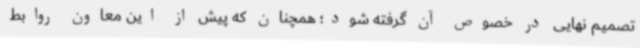
تصمیم نهایی در خصوص آن گرفته شود؛ همچنان که پیش از این معاون روابط